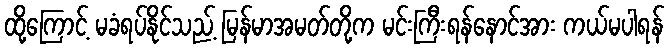
ထို့ကြောင့် မခံရပ်နိုင်သည့် မြန်မာအမတ်တို့က မင်းကြီးရန်နောင်အား ကယ်မပါရန်